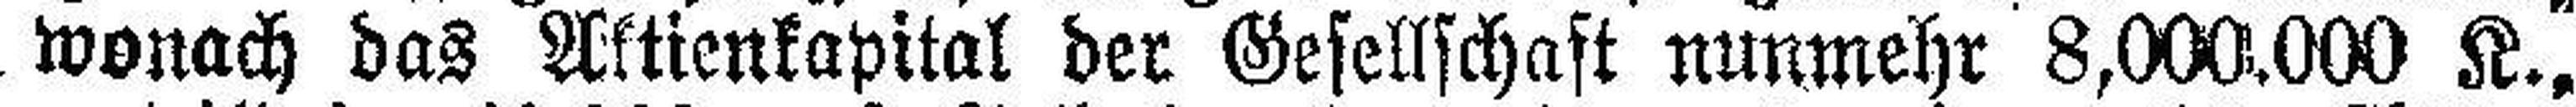
wonach das Aktienkapital der Gesellschaft nunmehr 8,000.000 K.,